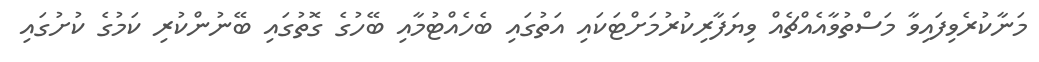
މަނާކުރެވިފައިވާ މަސްތުވާއެއްޗެއް ވިޔަފާރިކުރުމަށްޓަކައި އަތުގައި ބެހެއްޓުމާއި ބޭހުގެ ގޮތުގައި ބޭނުންކުރި ކަމުގެ ކުށުގައި